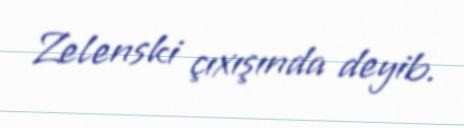
Zelenski çıxışında deyib.